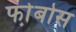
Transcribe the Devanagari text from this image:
फो़बोस